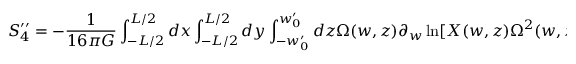
S _ { 4 } ^ { \prime \prime } = - \frac { 1 } { 1 6 \pi G } \int _ { - L / 2 } ^ { L / 2 } d x \int _ { - L / 2 } ^ { L / 2 } d y \int _ { - w _ { 0 } ^ { \prime } } ^ { w _ { 0 } ^ { \prime } } d z \Omega ( w , z ) \partial _ { w } \ln [ X ( w , z ) \Omega ^ { 2 } ( w , z ) ] =